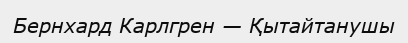
Бернхард Карлгрен — Қытайтанушы